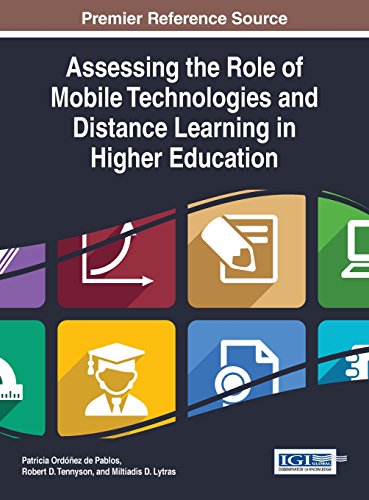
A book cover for Assessing the Role of Mobile Technologies and Distance Learning in Higher Education (Advances in Mobile and Distance Learning); Patricia OrdÃ³Ã±ez de Pablos; Education & Teaching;